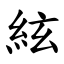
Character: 絃